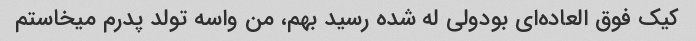
کیک فوق العاده‌ای بودولی له شده رسید بهم، من واسه تولد پدرم میخاستم